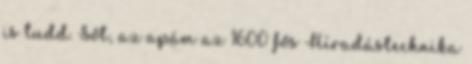
is tudd. Sőt, az apám az 1600 fős Híradástechnika